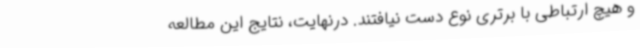
و هیچ ارتباطی با برتری نوع دست نیافتند. درنهایت، نتایج این مطالعه